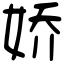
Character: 娇